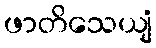
ဖာတိသေယျံ